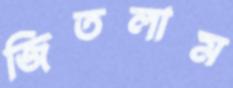
জিতলাম